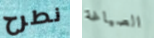
نطرح الصياغة